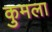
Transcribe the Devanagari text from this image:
कुमला